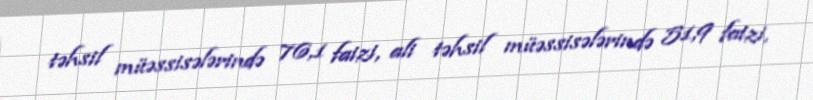
təhsil müəssisələrində 76,1 faizi, ali təhsil müəssisələrində 51,9 faizi,